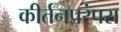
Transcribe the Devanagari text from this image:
कीर्तनपरंपरा